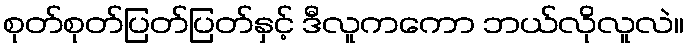
စုတ်စုတ်ပြတ်ပြတ်နှင့် ဒီလူကကော ဘယ်လိုလူလဲ။